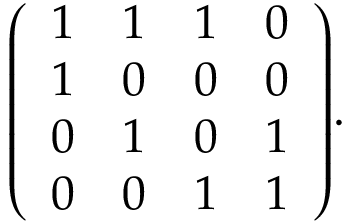
{ \left( \begin{array} { l l l l } { 1 } & { 1 } & { 1 } & { 0 } \\ { 1 } & { 0 } & { 0 } & { 0 } \\ { 0 } & { 1 } & { 0 } & { 1 } \\ { 0 } & { 0 } & { 1 } & { 1 } \end{array} \right) } .